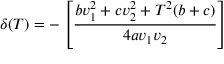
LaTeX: \delta ( T ) = - \left[ { \frac { b v _ { 1 } ^ { 2 } + c v _ { 2 } ^ { 2 } + T ^ { 2 } ( b + c ) } { 4 a v _ { 1 } v _ { 2 } } } \right]